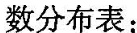
数分布表：